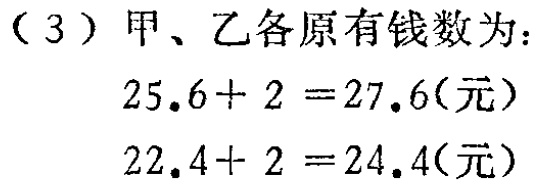
（3）甲、乙各原有钱数为：

\[

\begin{align*}

25.6 + 2&=27.6(\text{元})\\

22.4 + 2&=24.4(\text{元})

\end{align*}

\]